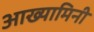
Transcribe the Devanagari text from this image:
आख्यामिनी